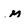
Character: m